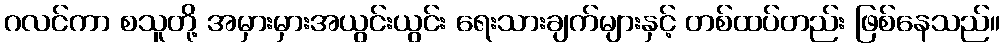
ဂလင်ကာ စသူတို့ အမှားမှားအယွင်းယွင်း ရေးသားချက်များနှင့် တစ်ထပ်တည်း ဖြစ်နေသည်။